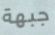
جبهة